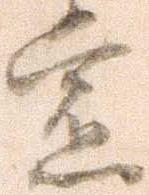
党